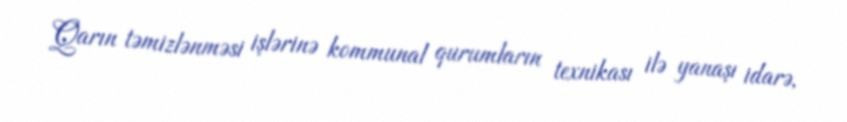
Qarın təmizlənməsi işlərinə kommunal qurumların texnikası ilə yanaşı idarə,